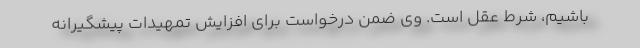
باشیم، شرط عقل است. وی ضمن درخواست برای افزایش تمهیدات پیشگیرانه